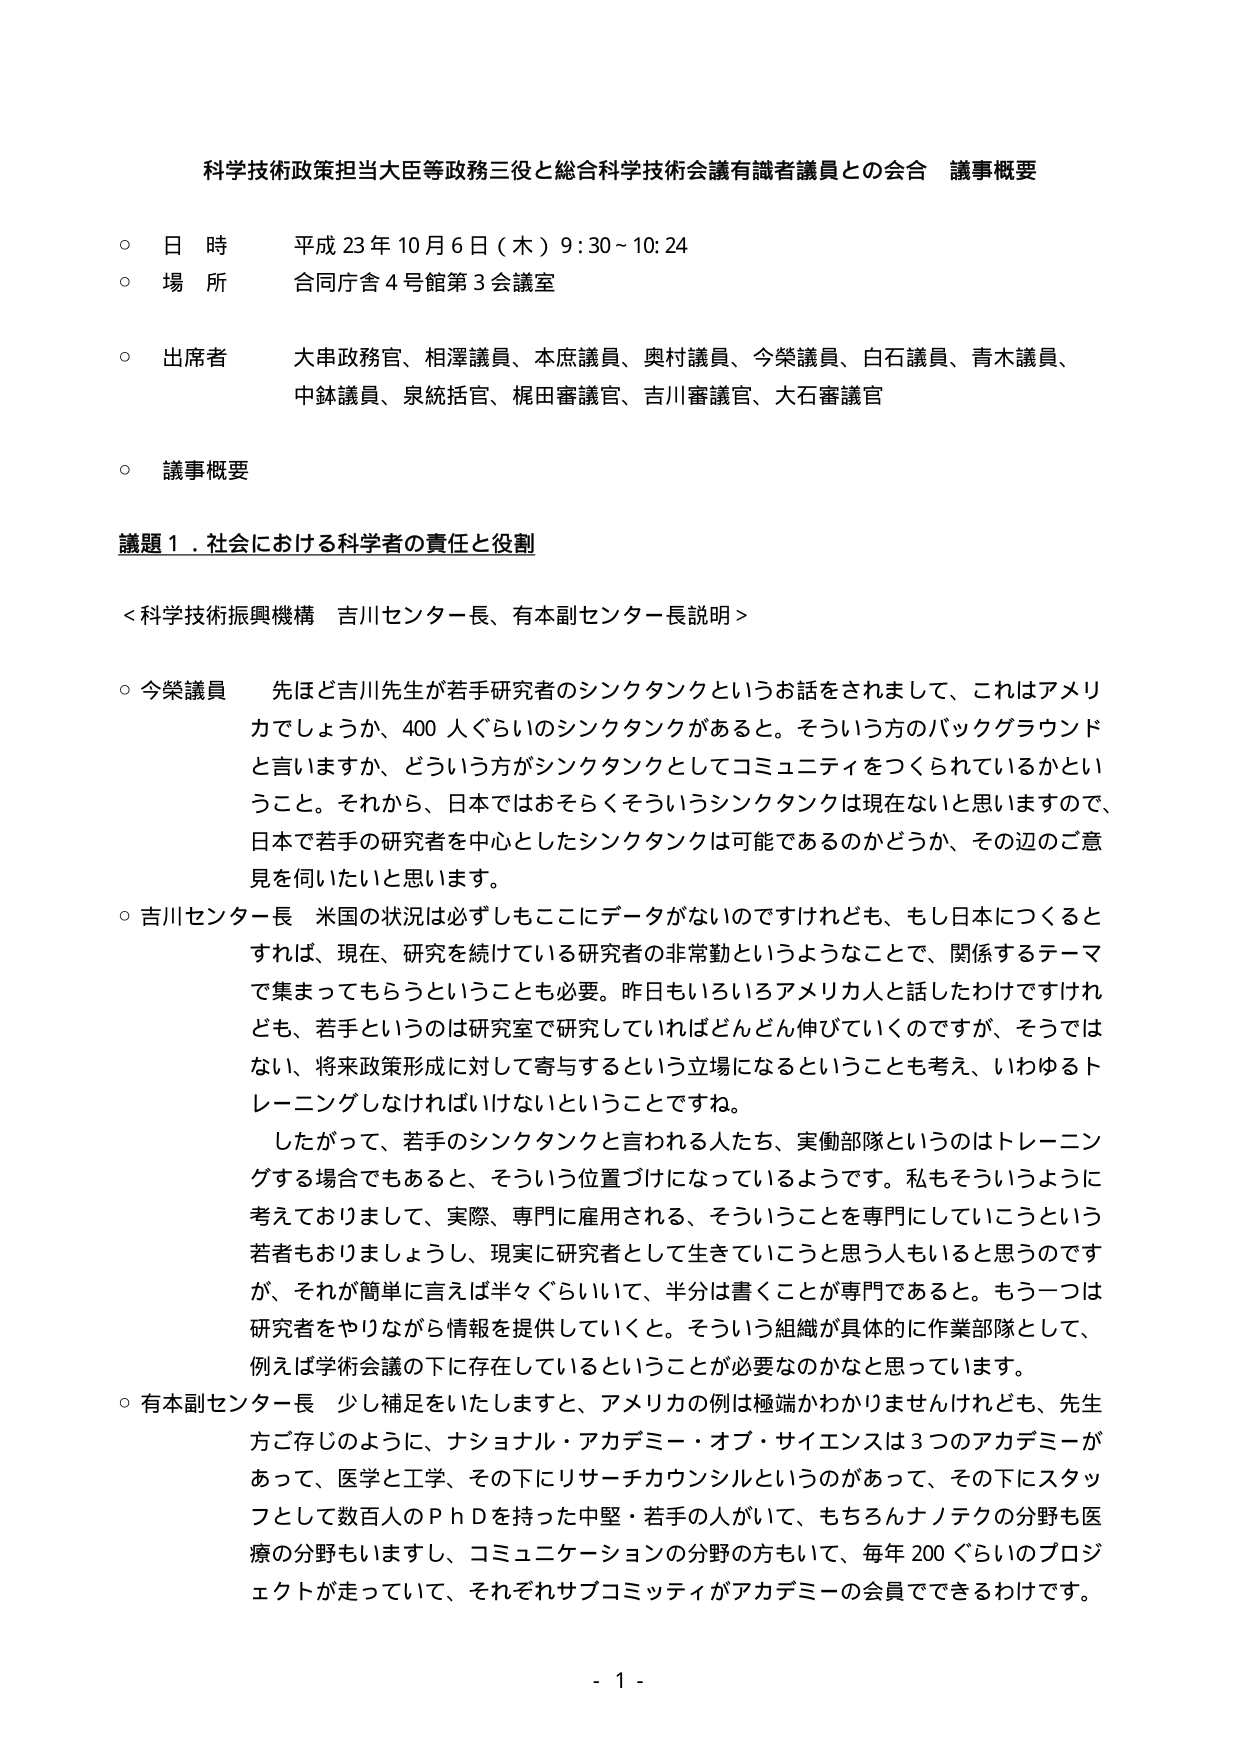
科学技術政策担当大臣等政務三役と総合科学技術会議有識者議員との会合 議事概要

○ 日 時 平成 23 年 10 月 6 日（木）9:30～10:24
○ 場 所 合同庁舎 4 号館第 3 会議室
○ 出席者 大串政務官、相澤議員、本庶議員、奥村議員、今榮議員、白石議員、青木議員、
　　　　　中鉢議員、泉統括官、梶田審議官、吉川審議官、大石審議官
○ 議事概要

議題 1．社会における科学者の責任と役割

＜科学技術振興機構 吉川センター長、有本副センター長説明＞

○ 今榮議員 先ほど吉川先生が若手研究者のシンクタンクというお話をされまして、これはアメリカでしょうか、400 人ぐらいのシンクタンクがあると。そういう方のバックグラウンドと言いますか、どういう方がシンクタンクとしてコミュニティをつくられているかということ。それから、日本ではおそらくそういうシンクタンクは現在ないと思いますので、日本で若手の研究者を中心としたシンクタンクは可能であるのかどうか、その辺のご意見を伺いたいと思います。

○ 吉川センター長 米国の状況は必ずしもここにデータがないのですけれども、もし日本につくるとすれば、現在、研究を続けている研究者の非常勤というようなことで、関係するテーマで集まってもらうということも必要。昨日もいろいろアメリカ人と話したわけですけれども、若手というのは研究室で研究していればどんどん伸びていくのですが、そうではない、将来政策形成に対して寄与するという立場になるということも考え、いわゆるトレーニングしなければいけないということですね。
　　したがって、若手のシンクタンクと言われる人たち、実働部隊というのはトレーニングする場合でもあると、そういう位置づけになっているようです。私もそういうように考えておりまして、実際、専門に雇用される、そういうことを専門にしていこうという若者もおりましょうし、現実に研究者として生きていこうと思う人もいると思うのですが、それが簡単に言えば半々ぐらいいて、半分は書くことが専門であると。もう一つは研究者をやりながら情報を提供していくと。そういう組織が具体的に作業部隊として、例えば学術会議の下に存在しているということが必要なのかなと思っています。

○ 有本副センター長 少し補足をいたしますと、アメリカの例は極端かわかりませんけれども、先生方ご存じのように、ナショナル・アカデミー・オブ・サイエンスは 3 つのアカデミーがあって、医学と工学、その下にリサーチカウンシルというのがあって、その下にスタッフとして数百人の PhD を持った中堅・若手の人がいて、もちろんナノテクの分野も医療の分野もいますし、コミュニケーションの分野の方もいて、毎年 200 ぐらいのプロジェクトが走っていて、それぞれサブコミッティがアカデミーの会員でできるわけです。

- 1 -